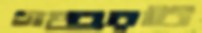
গহ্বরটি